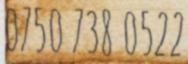
0750 738 0522